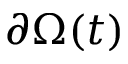
\partial \Omega ( t )